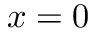
x = 0